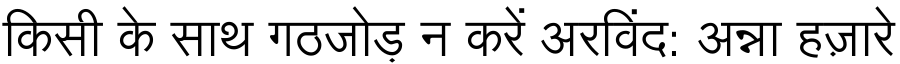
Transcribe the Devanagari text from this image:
किसी के साथ गठजोड़ न करें अरविंद: अन्ना हज़ारे